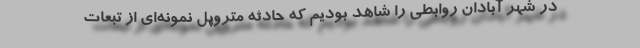
در شهر آبادان روابطی را شاهد بودیم که حادثه متروپل نمونه‌ای از تبعات